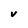
Character: v